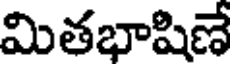
మితభాషిణే